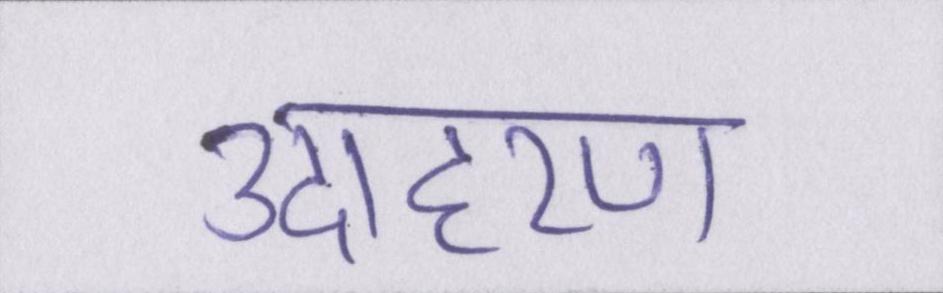
उदाहरण